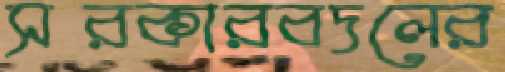
সরকারবদলের